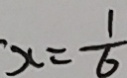
x = \frac { 1 } { 6 }